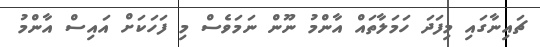
ޗައިނާގައި މިފަދަ ހަމަލާތައް އާންމު ނޫން ނަމަވެސް މި ފަހަކަށް އައިސް އާންމު